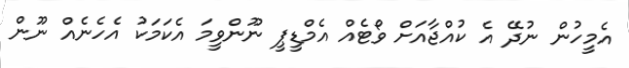
އެމީހުން ނުދޭ އެ ކުއްޖާއަށް ވޯޓެއް އެމްޑީޕީ ނޫންވީމަ އެކަމަކު އެހެނެއް ނޫން